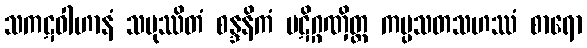
သကဋဝါဟာနံ သမုဿိတံ စန္ဒနိကံ ပဋိဂ္ဂဏှိတ္ထ ကပ္ပသတသဟဿံ စာရော